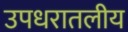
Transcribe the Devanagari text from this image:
उपधरातलीय